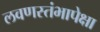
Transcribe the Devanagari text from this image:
लवणस्तंभापेक्षा